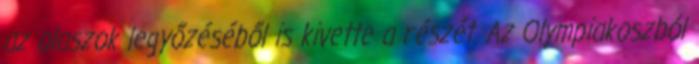
az olaszok legyőzéséből is kivette a részét. Az Olympiakoszból